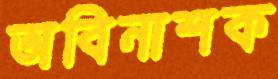
অবিনাশক